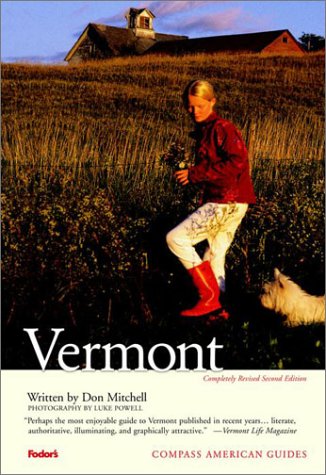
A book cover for Compass American Guides: Vermont, 2nd Edition; Don Mitchell; Travel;